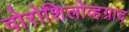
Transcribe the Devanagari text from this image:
वोरोशिलोव्हग्राद